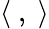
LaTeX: \langle~,~\rangle